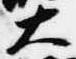
大